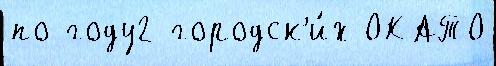
по году2 городск'и́х ОКАТО